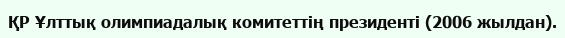
ҚР Ұлттық олимпиадалық комитеттің президенті (2006 жылдан).